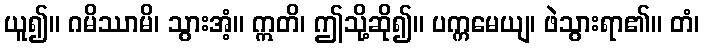
ယူ၍။ ဂမိဿာမိ၊ သွားအံ့။ ဣတိ၊ ဤသို့ဆို၍။ ပက္ကမေယျ၊ ဖဲသွားရာ၏။ တံ၊